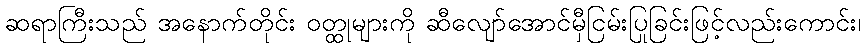
ဆရာကြီးသည် အနောက်တိုင်း ဝတ္ထုများကို ဆီလျော်အောင်မှီငြမ်းပြုခြင်းဖြင့်လည်းကောင်း၊